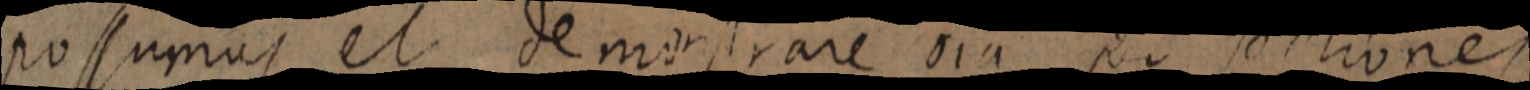
possumus et demonstrare oia per sectiones